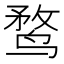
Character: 鹜